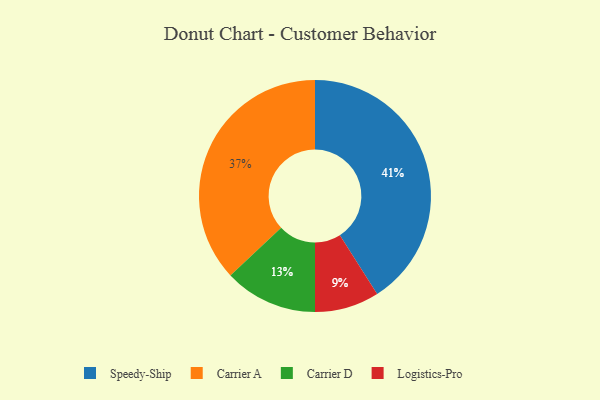
{"axis": {"x": "Category", "y": "Percentage"}, "legend": ["Carrier A", "Carrier D", "Logistics-Pro", "Speedy-Ship"], "data": [{"x": "Speedy-Ship", "y": 41, "type": "Speedy-Ship"}, {"x": "Carrier D", "y": 13, "type": "Carrier D"}, {"x": "Logistics-Pro", "y": 9, "type": "Logistics-Pro"}, {"x": "Carrier A", "y": 37, "type": "Carrier A"}]}